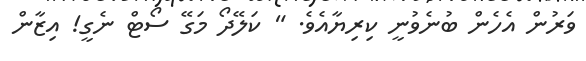
ވަރުން އެހެން ބުނެވުނީ ކިރިޔާއެވެ. " ކަލޭދޯ މަގޭ ސޯޓް ނެގީ! އިޒާން